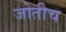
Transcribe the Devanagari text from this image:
जोतीच